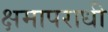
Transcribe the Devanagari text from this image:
क्षमापराधी